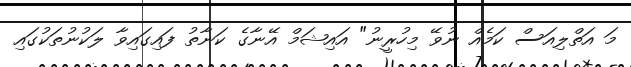
މަ އަތްލިއަސް ކަމެއް ނުވޭ މިހުރީނު" އައިޝަމް އޭނާގެ ކަނާތު ފައިގައިވާ ލަކުނުތަކުގައި